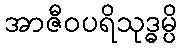
အာဇီဝပရိသုဒ္ဓမ္ပိ